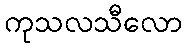
ကုသလသီလော